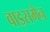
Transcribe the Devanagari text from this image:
वाइसमैन